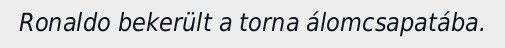
Ronaldo bekerült a torna álomcsapatába.